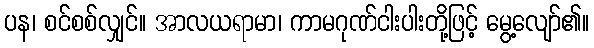
ပန၊ စင်စစ်လျှင်။ အာလယရာမာ၊ ကာမဂုဏ်ငါးပါးတို့ဖြင့် မွေ့လျော်၏။